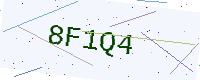
Text: 8F1Q4